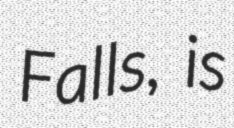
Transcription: Falls, is